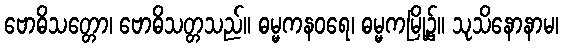
ဗောဓိသတ္တော၊ ဗောဓိသတ္တသည်။ ဓမ္မကနဝရေ၊ ဓမ္မကမြို့၌။ သုသိနောနာမ၊